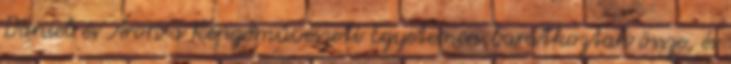
Dániel és Áron a Képzőművészeti Egyetemen barátkoztak össze, és